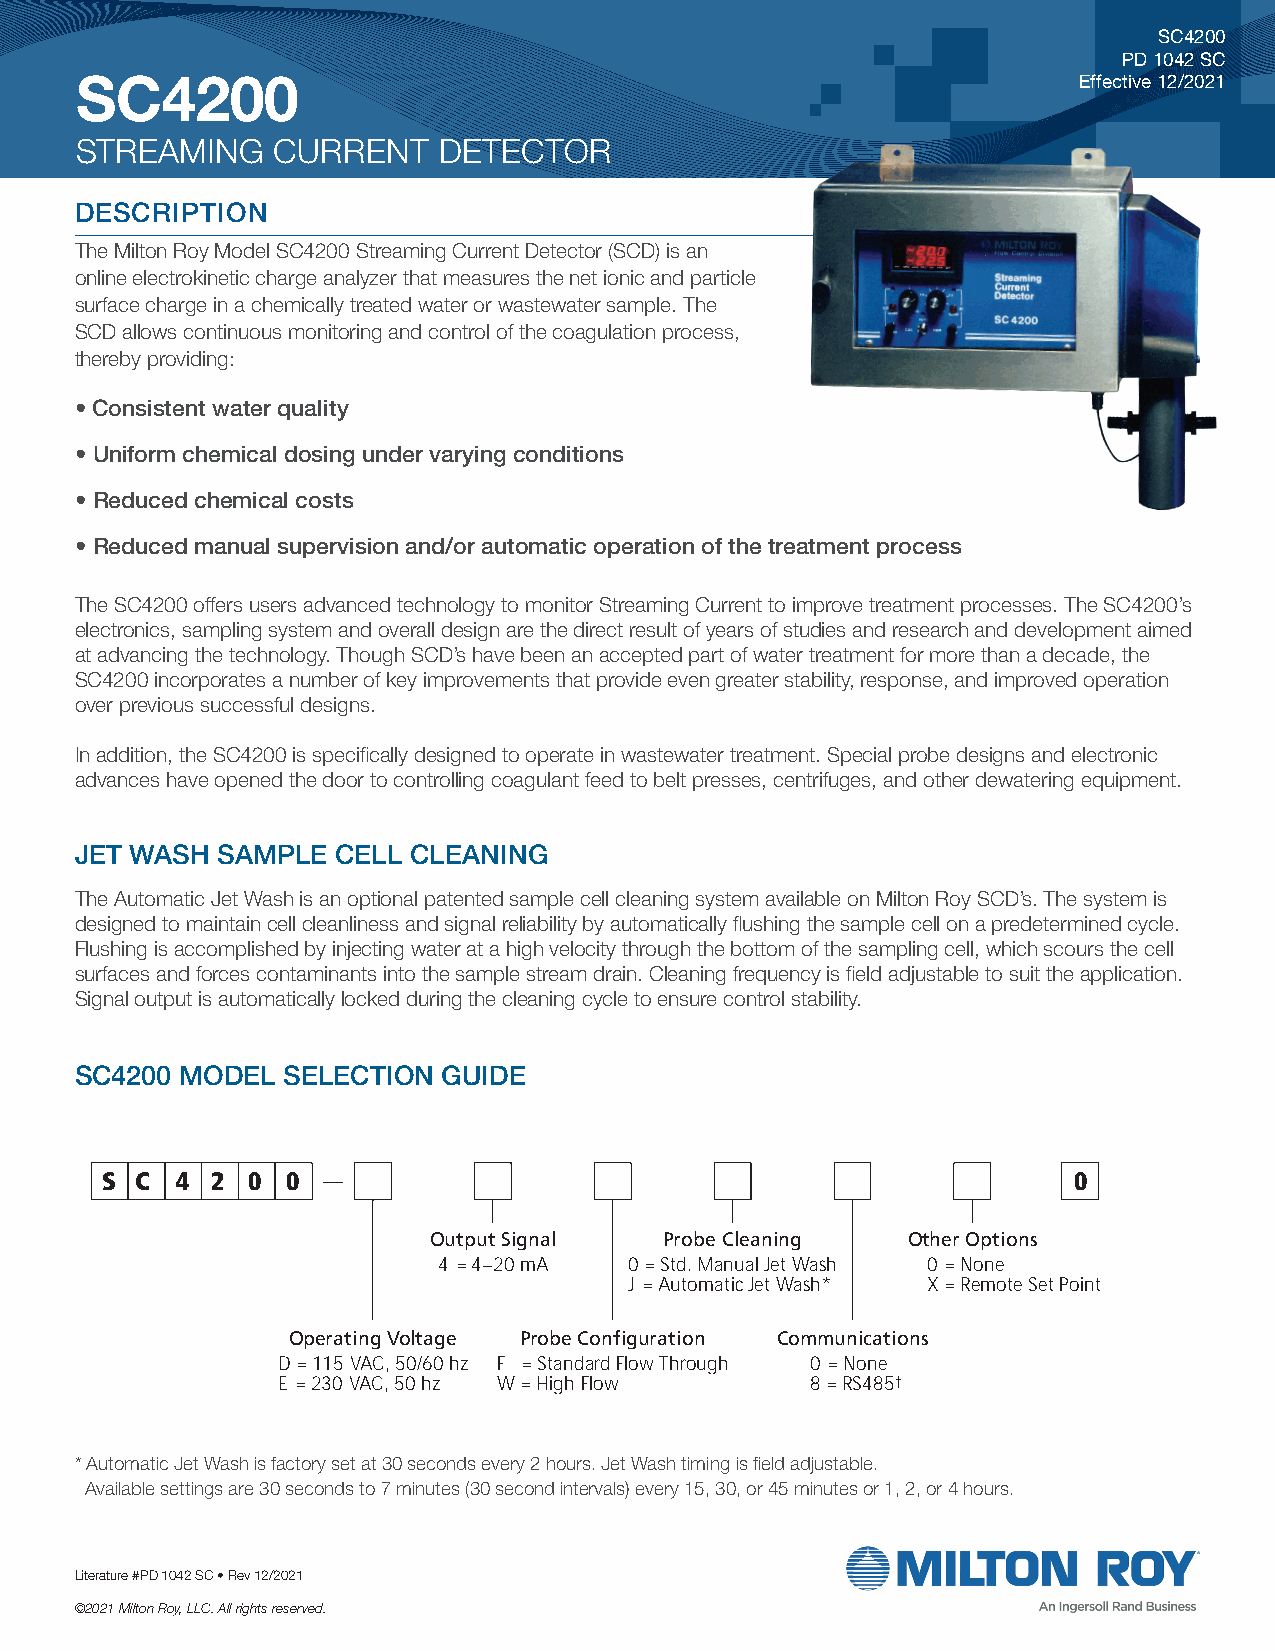
SC4200
 PD 1042 SC
 SC4200                                                            Effective 12/2021
 STREAMING    CURRENT    DETECTOR
 DESCRIPTION
 The Milton Roy Model SC4200 Streaming Current Detector (SCD) is an
 online electrokinetic charge analyzer that measures the net ionic and particle
 surface charge in a chemically treated water or wastewater sample. The
 SCD allows continuous monitoring and control of the coagulation process,
 thereby providing:
 • Consistent water quality
 • Uniform chemical dosing under varying conditions
 • Reduced chemical costs
 • Reduced manual supervision and/or automatic operation of the treatment process
 The SC4200 offers users advanced technology to monitor Streaming Current to improve treatment processes. The SC4200’s
 electronics, sampling system and overall design are the direct result of years of studies and research and development aimed
 at advancing the technology. Though SCD’s have been an accepted part of water treatment for more than a decade, the
 SC4200 incorporates a number of key improvements that provide even greater stability, response, and improved operation
 over previous successful designs.
 In addition, the SC4200 is specifically designed to operate in wastewater treatment. Special probe designs and electronic
 advances have opened the door to controlling coagulant feed to belt presses, centrifuges, and other dewatering equipment.
 JET WASH SAMPLE  CELL CLEANING
 The Automatic Jet Wash is an optional patented sample cell cleaning system available on Milton Roy SCD’s. The system is
 designed to maintain cell cleanliness and signal reliability by automatically flushing the sample cell on a predetermined cycle.
 Flushing is accomplished by injecting water at a high velocity through the bottom of the sampling cell, which scours the cell
 surfaces and forces contaminants into the sample stream drain. Cleaning frequency is field adjustable to suit the application.
 Signal output is automatically locked during the cleaning cycle to ensure control stability.
 SC4200 MODEL  SELECTION GUIDE
 S C  4 2 0  0                                                   0
 Output Signal   Probe Cleaning  Other Options
 4 = 4–20 mA  0 = Std. Manual Jet Wash 0= None
 J = Automatic Jet Wash* X = Remote Set Point
 Operating Voltage Probe Configuration Communications
 D = 115 VAC, 50/60 hz F = Standard Flow Through 0= None
 E = 230 VAC, 50 hz W = High Flow    8 = RS485†
 * Automatic Jet Wash is factory set at 30 seconds every 2 hours. Jet Wash timing is field adjustable.
 Available settings are 30 seconds to 7 minutes (30 second intervals) every 15, 30, or 45 minutes or 1, 2, or 4 hours.
 Literature #PD 1042 SC • Rev 12/2021
 ©2021 Milton Roy, LLC. All rights reserved.